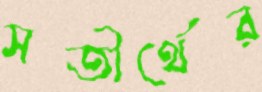
সতীর্থের